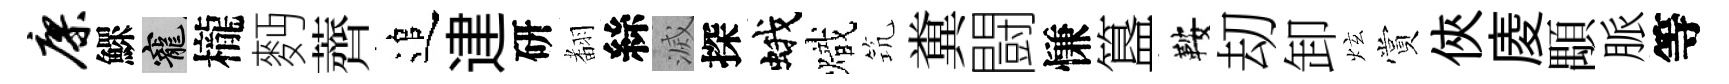
廖鰥寵櫳麪薺追䢖研𮋒絲滅探蛾熾𥬑糞闘慊簋鞍刧卸炫賞俠庱顒脈等